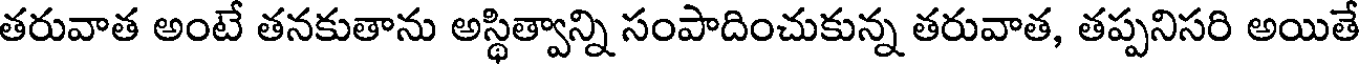
తరువాత అంటే తనకుతాను అస్థిత్వాన్ని సంపాదించుకున్న తరువాత, తప్పనిసరి అయితే